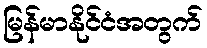
မြန်မာနိုင်ငံအတွက်